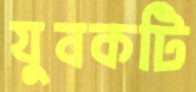
যুবকটি